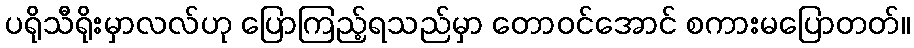
ပရိုသီရိုးမှာလလ်ဟု ပြောကြည့်ရသည်မှာ တောဝင်အောင် စကားမပြောတတ်။